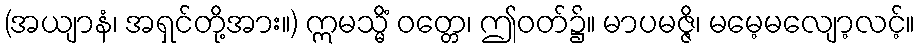
(အယျာနံ၊ အရှင်တို့အား။) ဣမသ္မိံ ဝတ္တေ၊ ဤဝတ်၌။ မာပမဇ္ဇိ၊ မမေ့မလျော့လင့်။